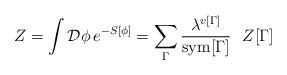
LaTeX: \begin{align*}Z=\int {\cal D}\phi\, e^{-S[\phi]} = \sum_{\Gamma} {\lambda^{v[\Gamma]}\over {\rm sym}[\Gamma]} \ \ Z[\Gamma]\end{align*}